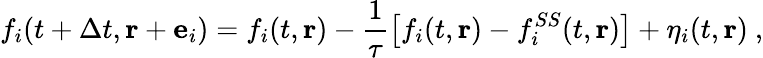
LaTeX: f_{i}(t+\Delta t,\mathbf{r}+{\mathbf e}_{i})=f_{i}(t,\mathbf{r})-\frac{1}{\tau}\left[f_{i}(t,\mathbf{r})-f_{i}^{SS}(t,\mathbf{r})\right]+\eta_{i}(t,\mathbf{r})\ ,